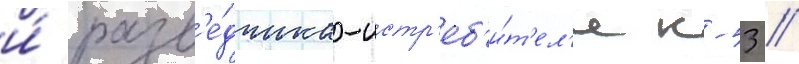
и́ разв'е́дчика-истр'еб'и́т'ел'я к-53 //